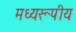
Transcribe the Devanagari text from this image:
मध्यरूपीय